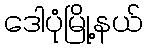
ဒေါပုံမြို့နယ်